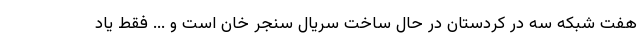
هفت شبکه سه در کردستان در حال ساخت سریال سنجر خان است و ... فقط یاد